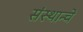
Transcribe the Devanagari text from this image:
संस्थान्चे